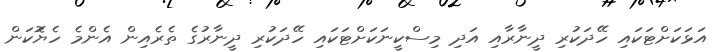
އަޅަކަށްޓަކައި ހޭދަކުރި ދީނާރާއި އަދި މިސްކީނަކަށްޓަކައި ހޭދަކުރި ދީނާރުގެ ތެރެއިން އެންމެ ހެޔޮަކަން